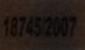
187452007